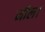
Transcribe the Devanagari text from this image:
नील।